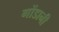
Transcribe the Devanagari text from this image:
गोंडानी